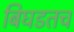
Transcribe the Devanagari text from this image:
बिघडतच